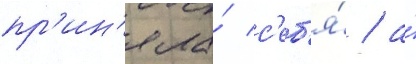
пр'ин'яла́ с'еб'я́ / а́